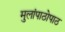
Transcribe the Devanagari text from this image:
मुलांपाठोपाठ